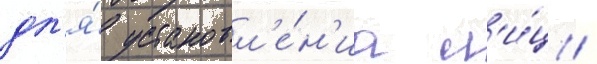
дл'я́ установл'е́н'иа л'и́ц /